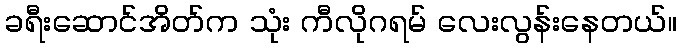
ခရီးဆောင်အိတ်က သုံး ကီလိုဂရမ် လေးလွန်းနေတယ်။